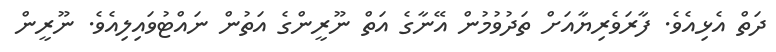
ދަތް އެޅިއެވެ. ފާރަވެރިޔާއަށް ތަދުވުމުން އޭނާގެ އަތް ނޫރީންގެ އަތުން ނައްޓުވައިލިއެވެ. ނޫރީން